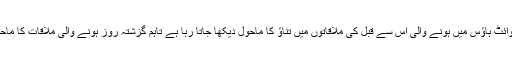
دونوں رہنماؤں کے درمیان وائٹ ہاؤس میں ہونے والی اس سے قبل کی ملاقاتوں میں تناؤ کا ماحول دیکھا جاتا رہا ہے تاہم گزشتہ روز ہونے والی ملاقات کا ماحول خوشگوار اور سنجیدہ رہا۔